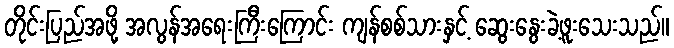
တိုင်းပြည်အဖို့ အလွန်အရေးကြီးကြောင်း ကျန်စစ်သားနှင့် ဆွေးနွေးခဲ့ဖူးသေးသည်။